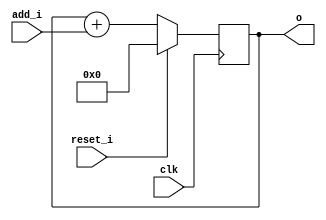
module bsg_circular_ptr_slots_p16_max_add_p15
(
  clk,
  reset_i,
  add_i,
  o
);

  input [3:0] add_i;
  output [3:0] o;
  input clk;
  input reset_i;
  wire N0,N1,N2,N3,N4,N5,N6;
  wire [3:0] ptr_n;
  reg [3:0] o;
  assign ptr_n = o + add_i;
  assign { N6, N5, N4, N3 } = (N0)? { 1'b0, 1'b0, 1'b0, 1'b0 } :
                              (N1)? ptr_n : 1'b0;
  assign N0 = reset_i;
  assign N1 = N2;
  assign N2 = ~reset_i;

  always @(posedge clk) begin
    if(1'b1) begin
      { o[3:0] } <= { N6, N5, N4, N3 };
    end
  end


endmodule